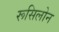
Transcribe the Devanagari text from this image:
रूसिलोन